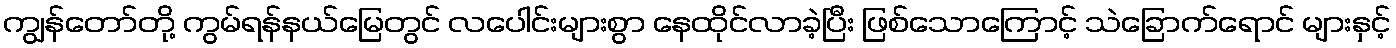
ကျွန်တော်တို့ ကွမ်ရန်နယ်မြေတွင် လပေါင်းများစွာ နေထိုင်လာခဲ့ပြီး ဖြစ်သောကြောင့် သဲခြောက်ရောင် များနှင့်